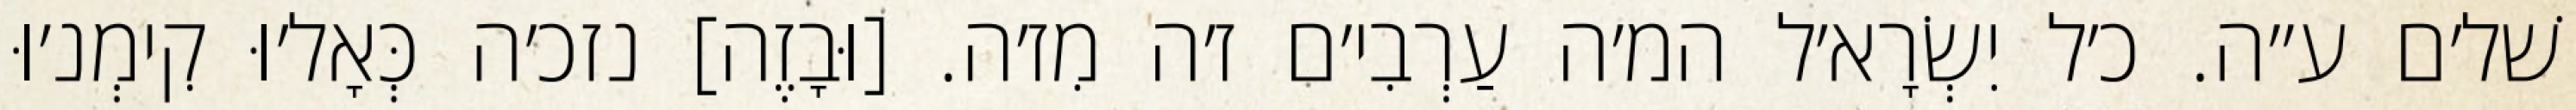
שׁל׳ם ע״ה. כ׳ל יִשְׂרָא׳ל המ׳ה עַרְבִי׳ם ז׳ה מִז׳ה. [וּבָזֶה] נזכ׳ה כְּאָל׳וּ קִימְנ׳וּ